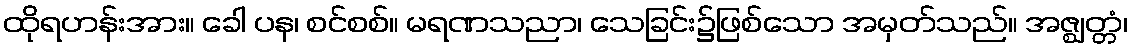
ထိုရဟန်းအား။ ခေါ ပန၊ စင်စစ်။ မရဏသညာ၊ သေခြင်း၌ဖြစ်သော အမှတ်သည်။ အဇ္ဈတ္တံ၊